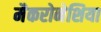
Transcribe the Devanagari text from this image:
मैकरोनेशिया